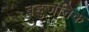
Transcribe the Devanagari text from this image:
बहुजनिक